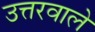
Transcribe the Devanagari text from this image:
उत्तरवाले